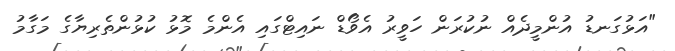
"އަޅުގަނޑު އުންމީދެއް ނުކުރަން ހަވީރު އެވޯޑް ނައިޓްގައި އެންމެ މޮޅު ކުޅުންތެރިޔާގެ މަގާމު